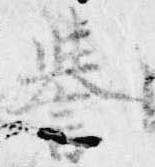
誉